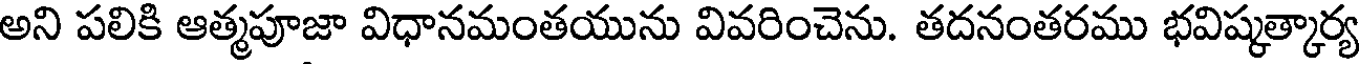
అని పలికి ఆత్మపూజా విధానమంతయును వివరించెను. తదనంతరము భవిష్కత్కార్య